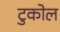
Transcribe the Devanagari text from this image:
टुकोल